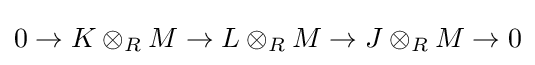
0\rightarrow K\otimes _{R}M\rightarrow L\otimes _{R}M\rightarrow J\otimes _{R}M\rightarrow 0